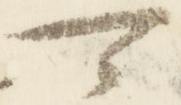
可